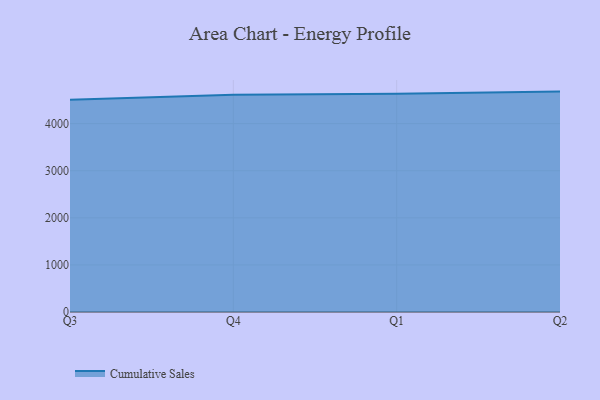
{"axis": {"x": "Quarter", "y": "Production Output"}, "legend": ["Cumulative Sales"], "data": [{"x": "Q3", "y": 4506.2, "type": "Cumulative Sales"}, {"x": "Q4", "y": 4611.3, "type": "Cumulative Sales"}, {"x": "Q1", "y": 4635.1, "type": "Cumulative Sales"}, {"x": "Q2", "y": 4679.6, "type": "Cumulative Sales"}]}